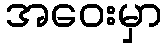
အဝေးမှာ